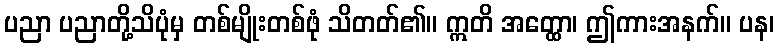
ပညာ ပညာတို့သိပုံမှ တစ်မျိုးတစ်ဖုံ သိတတ်၏။ ဣတိ အတ္ထော၊ ဤကားအနက်။ ပန၊